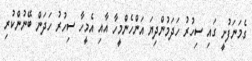
ގެމަނަފުށީ ގައި ސިހުރު ހަދަމުންދިޔަ އަންހެންމީހާ އާއި އެމީހާ ސިހުރު ހަދަން ބޭނުންކުރި